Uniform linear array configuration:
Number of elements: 32
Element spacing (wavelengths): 0.5
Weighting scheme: uniform
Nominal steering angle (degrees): -15
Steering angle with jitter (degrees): -16.105
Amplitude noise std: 0.05
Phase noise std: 0.05

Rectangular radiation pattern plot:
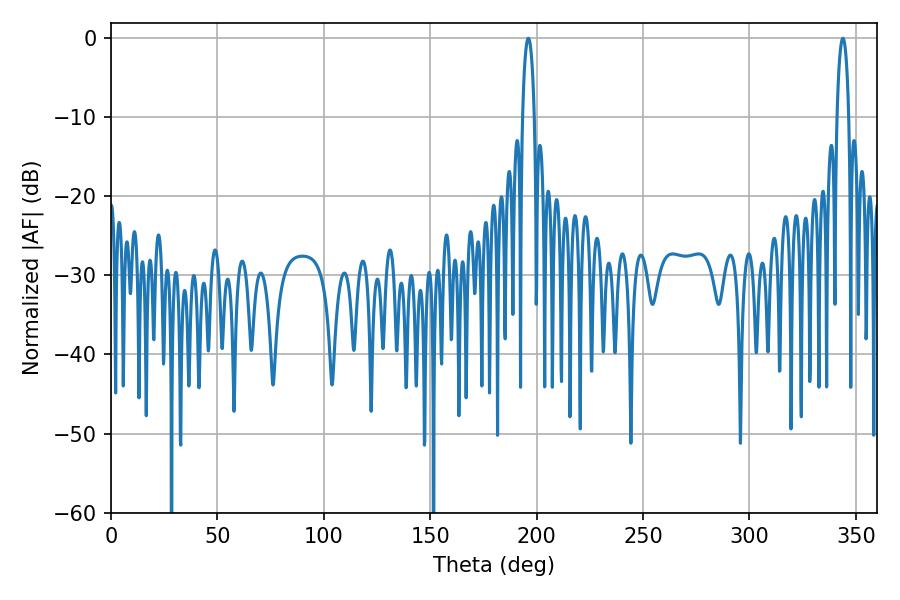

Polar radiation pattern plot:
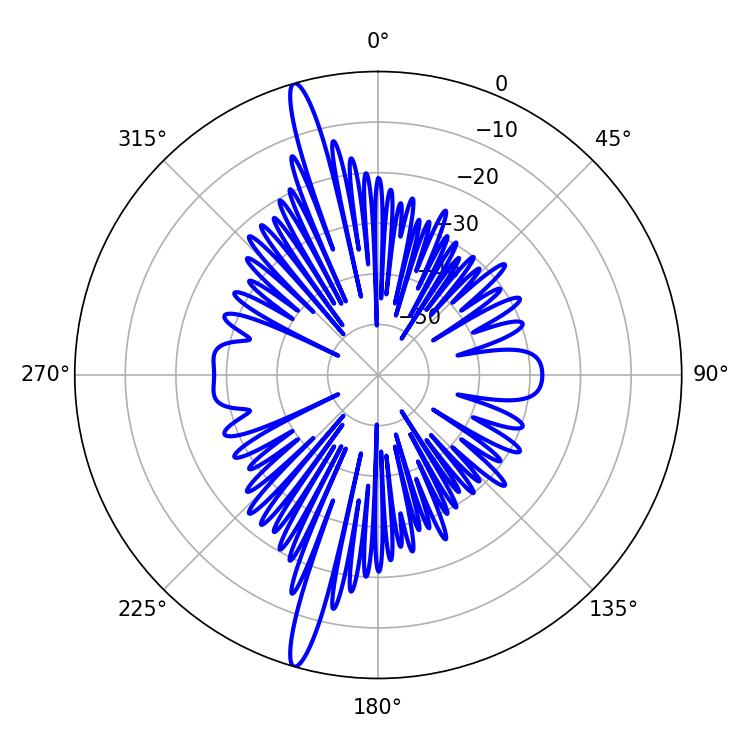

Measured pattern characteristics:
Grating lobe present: FALSE
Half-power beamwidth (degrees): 3.06
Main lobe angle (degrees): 196.02